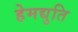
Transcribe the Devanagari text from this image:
हेमद्युति